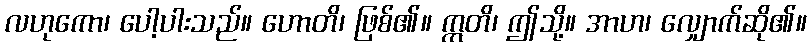
လဟုကော၊ ပေါ့ပါးသည်။ ဟောတိ၊ ဖြစ်၏။ ဣတိ၊ ဤသို့။ အာဟ၊ လျှောက်ဆို၏။